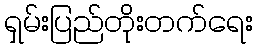
ရှမ်းပြည်တိုးတက်ရေး